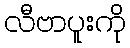
လီဗာပူးကို